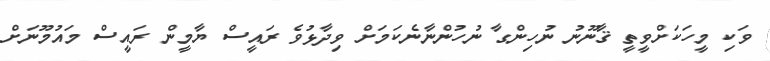
ވަކިި މީހަކަށްވީތީ ޤާނޫނު ނުހިންގާ ނުހުންނާނެކަމަށް ވިދާޅުވެ ރައީސް ޔާމީން ރައީސް މައުމޫނަށް